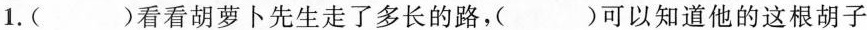
1.( )看看胡萝卜先生走了多长的路，（）可以知道他的这根胡子